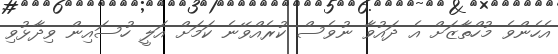
އެހެންވެ މުހްތާޒަށް އެ ދައުވާ ނުވެސް ކުރެއްވޭނެ ކަމަށް އަލީ ހުސައިން ވިދާޅުވި